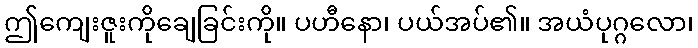
ဤကျေးဇူးကိုချေခြင်းကို။ ပဟီနော၊ ပယ်အပ်၏။ အယံပုဂ္ဂလော၊